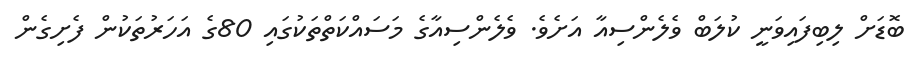
ބޮޑަށް ލިބިފައިވަނީ ކުލަބް ވެލެންސިއާ އަށެވެ. ވެލެންސިއާގެ މަސައްކަތްތަކުގައި 80ގެ އަހަރުތަކުން ފެށިގެން